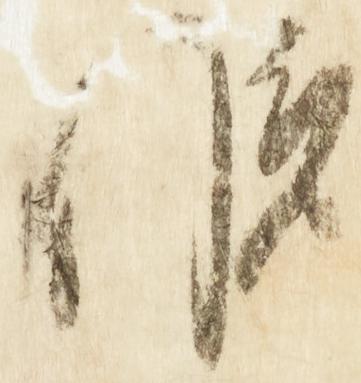
候